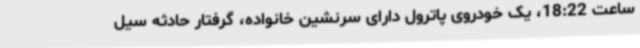
ساعت 18:22، یک خودروی پاترول دارای سرنشین خانواده، گرفتار حادثه سیل